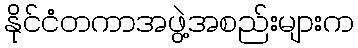
နိုင်ငံတကာအဖွဲ့အစည်းများက